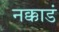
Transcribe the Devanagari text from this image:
नक्काडं